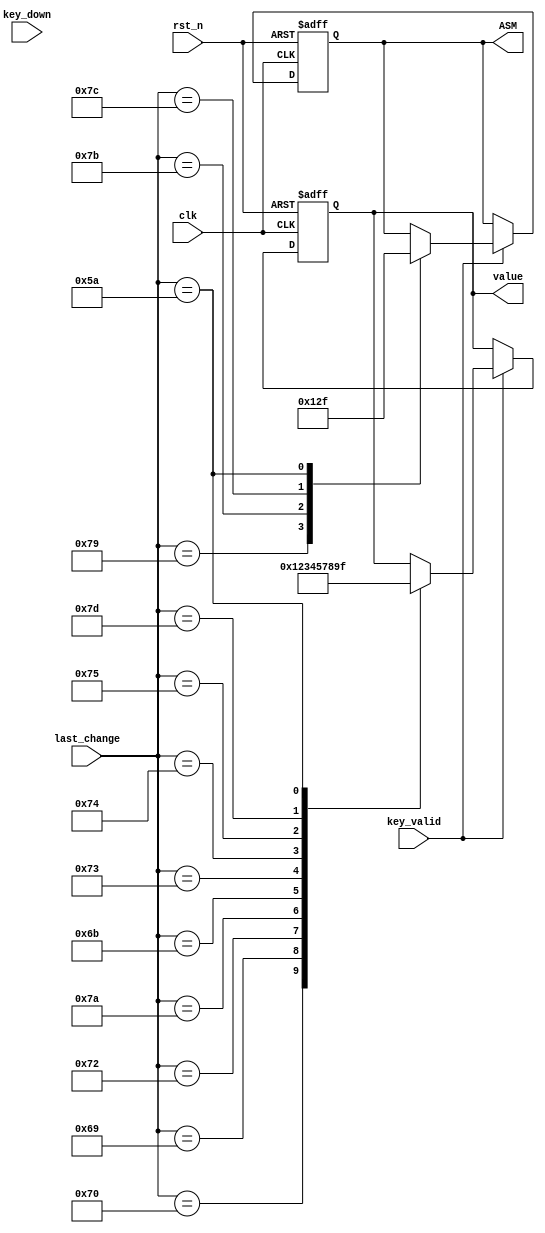
module value(value, ASM, key_down, last_change, rst_n, key_valid, clk);
    output reg [3:0]value;
    output reg [3:0]ASM;
    input [511:0]key_down;
    input [8:0]last_change;
    input rst_n;
    input key_valid;
    input clk;
    reg [3:0]value_temp;
    reg [3:0]ASM_TEMP;
    
    
    always@*
        if (key_valid)
            case(last_change)
                9'h070: begin
                    value_temp = 4'd0;
                    ASM_TEMP = ASM;
                end
                9'h069: begin
                    value_temp = 4'd1;
                    ASM_TEMP = ASM;
                    ASM_TEMP = ASM;
                end
                9'h072: begin
                    value_temp = 4'd2;
                    ASM_TEMP = ASM;
                end
                9'h07A: begin
                    value_temp = 4'd3;
                    ASM_TEMP = ASM;    
                end       
                9'h06B: begin
                    value_temp = 4'd4;
                    ASM_TEMP = ASM;
                end
                9'h073: begin 
                    value_temp = 4'd5;
                    ASM_TEMP = ASM;
                end
                9'h074: begin
                    value_temp = 4'd7;    
                    ASM_TEMP = ASM;
                end
                9'h075: begin 
                    value_temp = 4'd8;
                    ASM_TEMP = ASM; 
                end 
                9'h07D: begin 
                    value_temp = 4'd9;
                    ASM_TEMP = ASM;
                end
                9'h079: begin 
                    value_temp = value;
                    ASM_TEMP = 4'd0;
                end
                9'h07B: begin
                    value_temp = value; 
                    ASM_TEMP = 4'd1;
                end
                9'h07C: begin 
                    value_temp = value;
                    ASM_TEMP = 4'd2;
                end
                9'h05A: begin
                    ASM_TEMP = 4'd15;
                    value_temp=4'd15;
                end
                default: begin 
                    value_temp = value;
                    ASM_TEMP = ASM;
                end    
        endcase
    else begin
        value_temp = value;
        ASM_TEMP = ASM;
    end
     
     always@(posedge clk or negedge rst_n)
            if(~rst_n) begin 
                value <=4'd15;
                ASM <= 4'd15;
            end
            else begin
                value <=value_temp;
                ASM <= ASM_TEMP;      
            end

endmodule